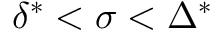
\delta ^ { * } < \sigma < \Delta ^ { * }